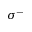
\sigma ^ { - }